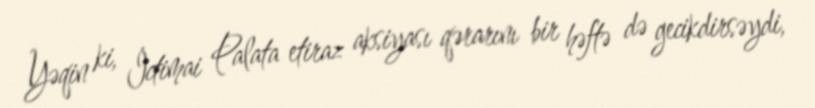
Yəqin ki, İctimai Palata etiraz aksiyası qərarını bir həftə də gecikdirsəydi,